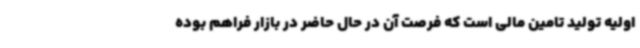
اولیه تولید تامین مالی است که فرصت آن در حال حاضر در بازار فراهم بوده